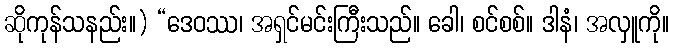
ဆိုကုန်သနည်း။) “ဒေဝဿ၊ အရှင်မင်းကြီးသည်။ ခေါ၊ စင်စစ်။ ဒါနံ၊ အလှူကို။